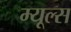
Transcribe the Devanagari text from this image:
म्यूल्स